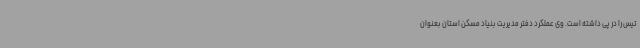
تیس را در پی داشته است. وی عملکرد دفتر مدیریت بنیاد مسکن استان بعنوان